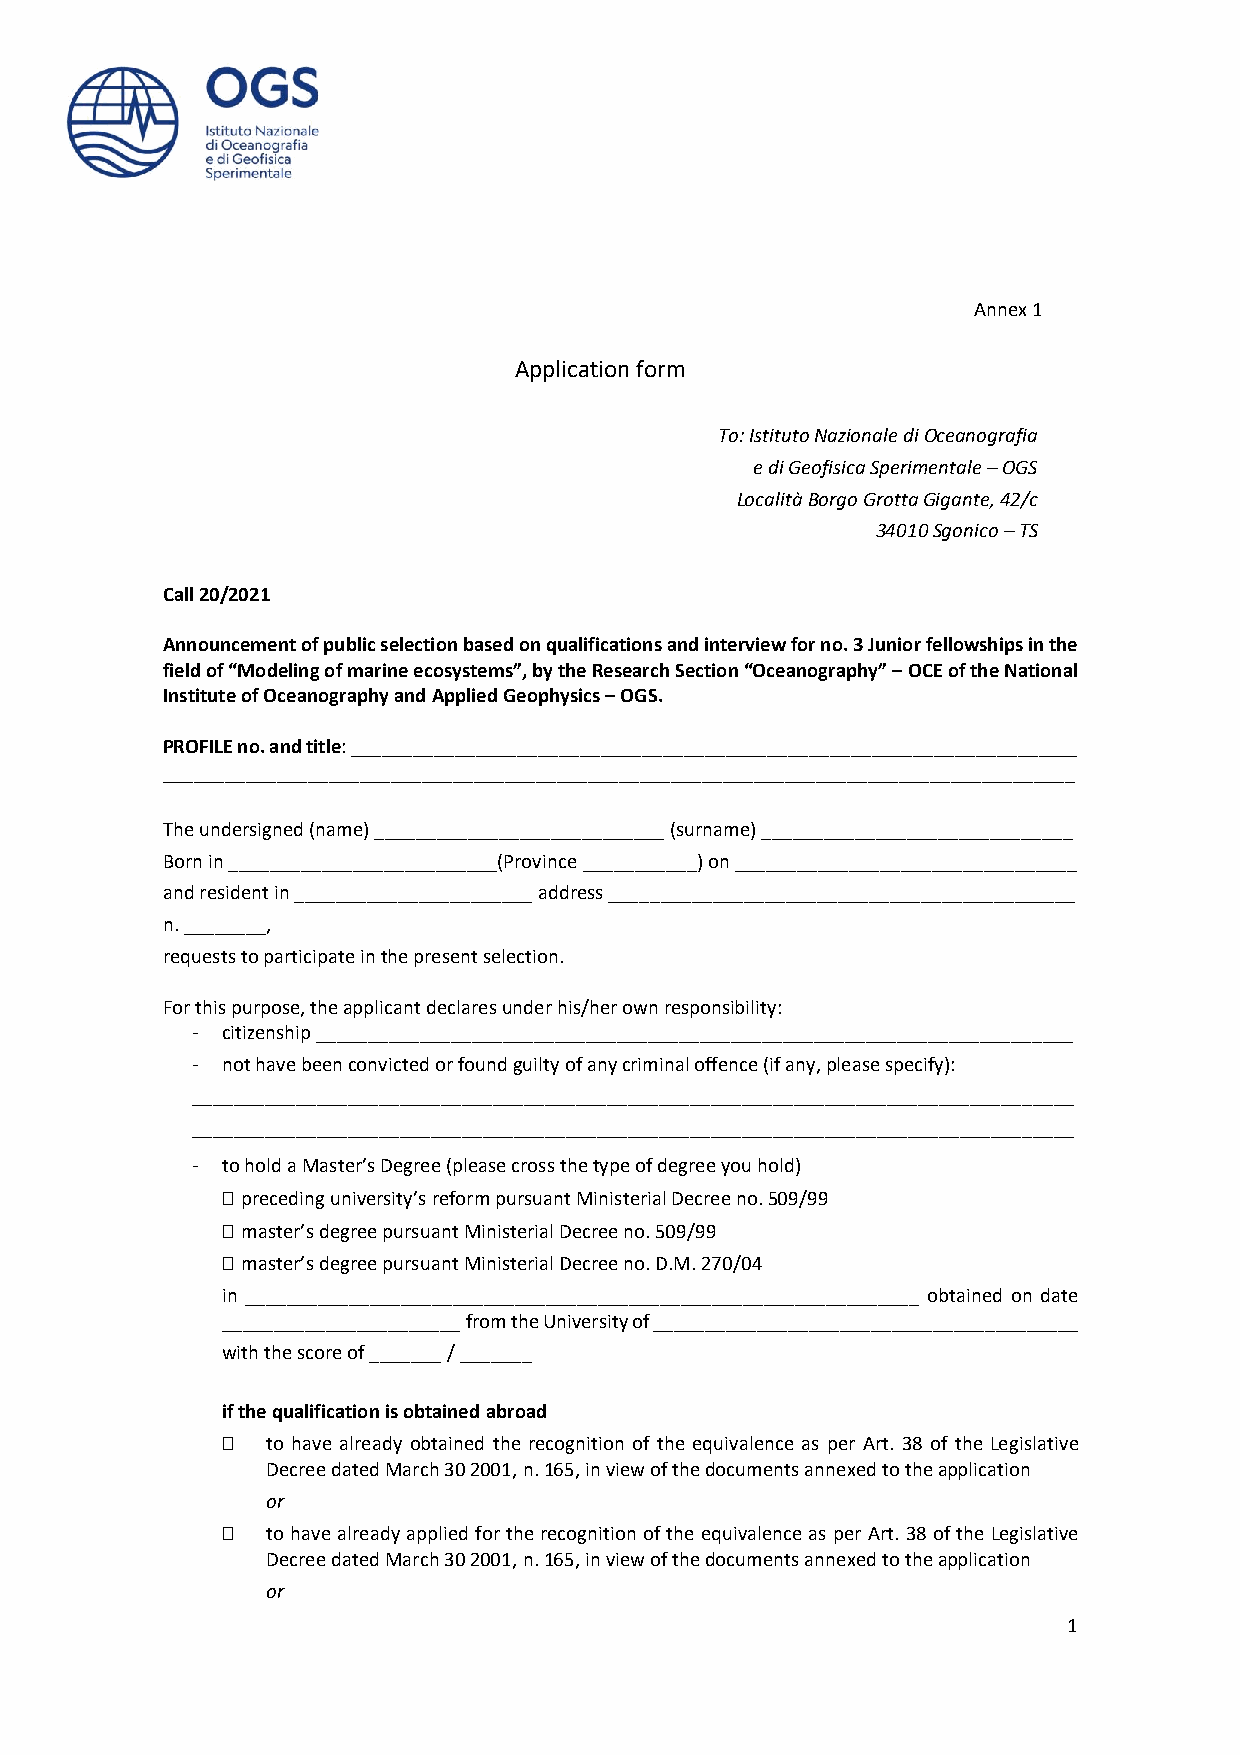
Annex 1
 Application form
 To: Istituto Nazionale di Oceanografia
 e di Geofisica Sperimentale – OGS
 Località Borgo Grotta Gigante, 42/c
 34010 Sgonico – TS
 Call 20/2021
 Announcement of public selection based on qualifications and interview for no. 3 Junior fellowships in the
 field of “Modeling of marine ecosystems”, by the Research Section “Oceanography” – OCE of the National
 Institute of Oceanography and Applied Geophysics – OGS.
 PROFILE no. and title: ______________________________________________________________________
 ________________________________________________________________________________________
 The undersigned (name) ____________________________ (surname) ______________________________
 Born in __________________________(Province ___________) on _________________________________
 and resident in _______________________ address _____________________________________________
 n. ________,
 requests to participate in the present selection.
 For this purpose, the applicant declares under his/her own responsibility:
 - citizenship _________________________________________________________________________
 - not have been convicted or found guilty of any criminal offence (if any, please specify):
 _____________________________________________________________________________________
 _____________________________________________________________________________________
 - to hold a Master’s Degree (please cross the type of degree you hold)
  preceding university’s reform pursuant Ministerial Decree no. 509/99
  master’s degree pursuant Ministerial Decree no. 509/99
  master’s degree pursuant Ministerial Decree no. D.M. 270/04
 in _________________________________________________________________ obtained on date
 _______________________ from the University of _________________________________________
 with the score of _______ / _______
 if the qualification is obtained abroad
   to have already obtained the recognition of the equivalence as per Art. 38 of the Legislative
 Decree dated March 30 2001, n. 165, in view of the documents annexed to the application
 or
   to have already applied for the recognition of the equivalence as per Art. 38 of the Legislative
 Decree dated March 30 2001, n. 165, in view of the documents annexed to the application
 or
 1